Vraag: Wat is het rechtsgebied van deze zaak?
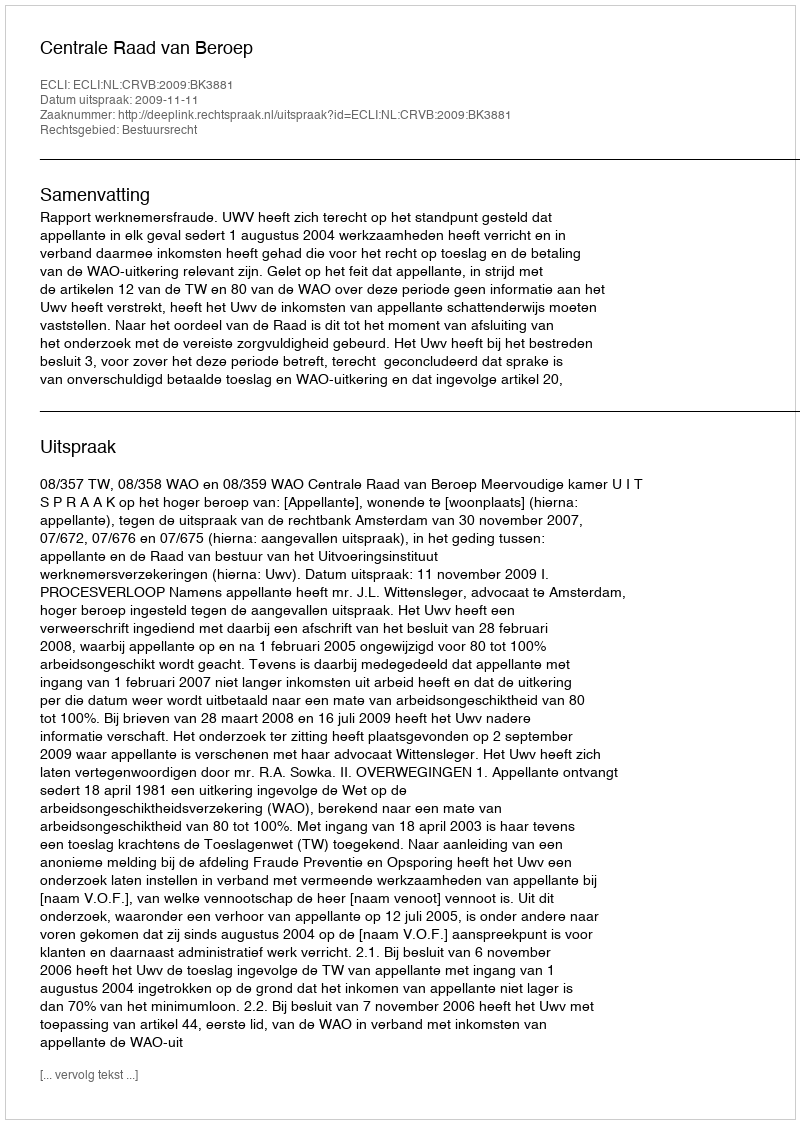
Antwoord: Bestuursrecht